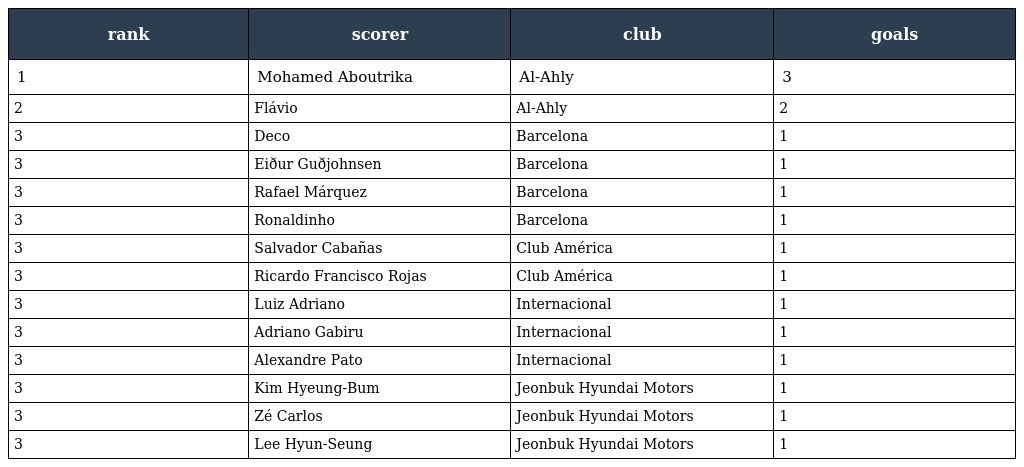
| rank | scorer | club | goals |
 | --- | --- | --- | --- |
 | 1 | Mohamed Aboutrika | Al-Ahly | 3 |
 | 2 | Flávio | Al-Ahly | 2 |
 | 3 | Deco | Barcelona | 1 |
 | 3 | Eiður Guðjohnsen | Barcelona | 1 |
 | 3 | Rafael Márquez | Barcelona | 1 |
 | 3 | Ronaldinho | Barcelona | 1 |
 | 3 | Salvador Cabañas | Club América | 1 |
 | 3 | Ricardo Francisco Rojas | Club América | 1 |
 | 3 | Luiz Adriano | Internacional | 1 |
 | 3 | Adriano Gabiru | Internacional | 1 |
 | 3 | Alexandre Pato | Internacional | 1 |
 | 3 | Kim Hyeung-Bum | Jeonbuk Hyundai Motors | 1 |
 | 3 | Zé Carlos | Jeonbuk Hyundai Motors | 1 |
 | 3 | Lee Hyun-Seung | Jeonbuk Hyundai Motors | 1 |